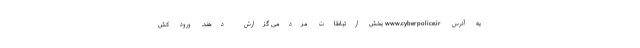
به آدرس www.cyberpolice.ir بخش ارتباطات مردمی گزارش دهند. ورود کش